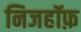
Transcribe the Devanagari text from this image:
निजहॉफ़